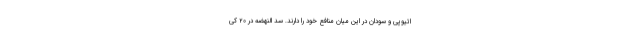
اتیوپی و سودان در این میان منافع خود را دارند. سد النهضه در ۲۰ کی